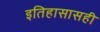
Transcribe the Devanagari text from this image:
इतिहासासही